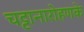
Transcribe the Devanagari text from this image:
चट्टानारोहणके